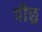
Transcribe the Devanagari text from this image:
पीछ्र